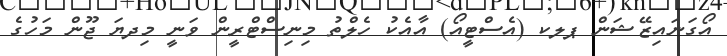
އޯގަނައިޒޭޝަން ޕލކ (އެސްޓީއޯ) އާއެކު ހެލްތު މިނިސްޓްރީން ވަނީ މިދޔަ ޖޫން މަހުގެ